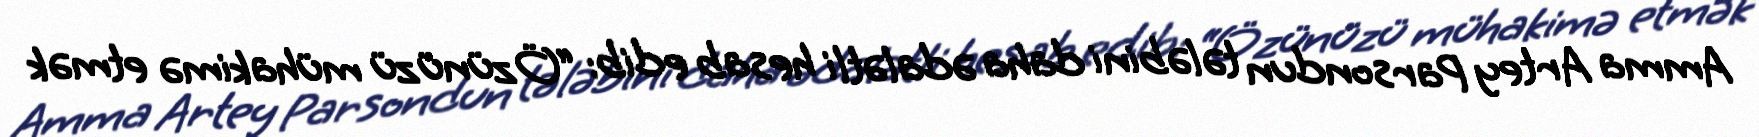
Amma Artey Parsondun tələbini daha ədalətli hesab edib: “Özünüzü mühakimə etmək